Indian journal of veterinary science and animal husbandry - Volumes 22-23, 1952-1953
Year: 1952
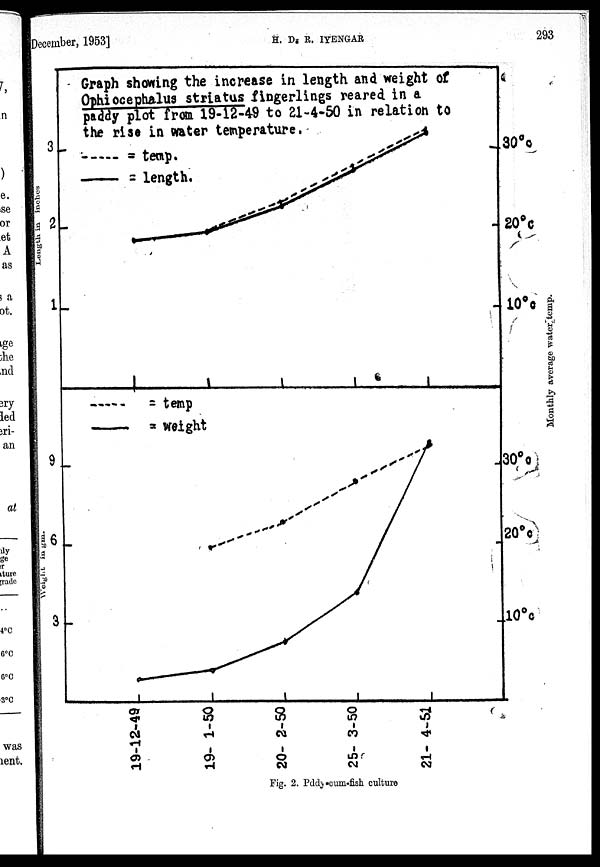
December, 1953]
H.
D.
R.
IYENGAR
293
Fig. 2. Pddy-cum-fish culture